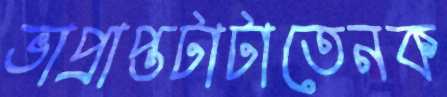
ভাপ্রাপ্তটাটাতেনক